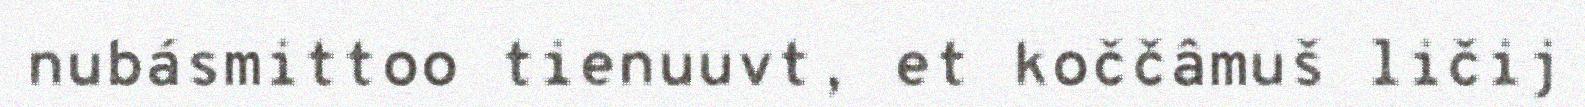
nubásmittoo tienuuvt, et koččâmuš ličij